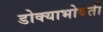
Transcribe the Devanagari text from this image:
डोक्याभोवती